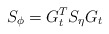
\begin{align*}{S}_\phi = {G}^T_t {S}_\eta {G}_t \end{align*}